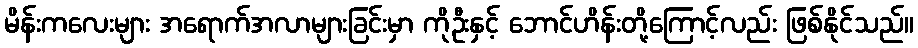
မိန်းကလေးများ အရောက်အလာများခြင်းမှာ ကိုဦးနှင့် ဘောင်ဟိန်းတို့ကြောင့်လည်း ဖြစ်နိုင်သည်။